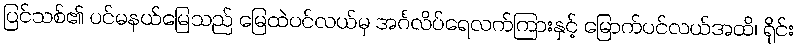
ပြင်သစ်၏ ပင်မနယ်မြေသည် မြေထဲပင်လယ်မှ အင်္ဂလိပ်ရေလက်ကြားနှင့် မြောက်ပင်လယ်အထိ၊ ရိုင်း